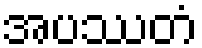
အပဿတံ